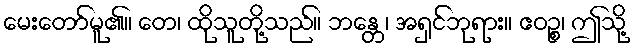
မေးတော်မူ၏။ တေ၊ ထိုသူတို့သည်။ ဘန္တေ၊ အရှင်ဘုရား။ ဧဝဉ္စ၊ ဤသို့